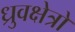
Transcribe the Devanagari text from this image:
ध्रुवक्षेत्रों